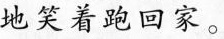
地笑着跑回家。